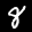
Label: 8